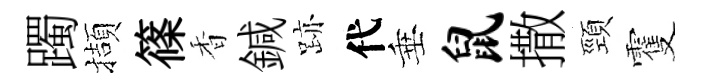
躅擷篠香鍼跡代垂鼠撒頸䨥